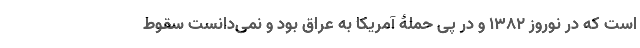
است که در نوروز 1382 و در پی حملۀ آمریکا به عراق بود و نمی‌دانست سقوط